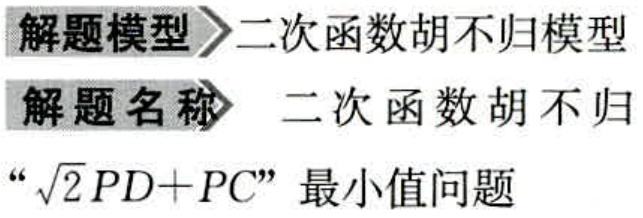
解题模型$\rhd$二次函数胡不归模型
解题名称$\rhd$二次函数胡不归
“\(\sqrt{2}PD + PC\)”最小值问题